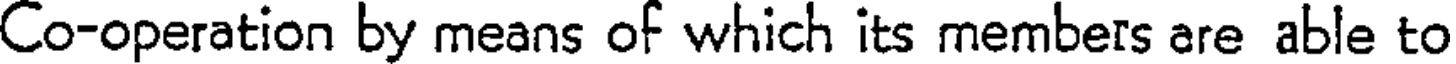
Co-operation by means of which its members are able to